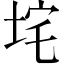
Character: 垞